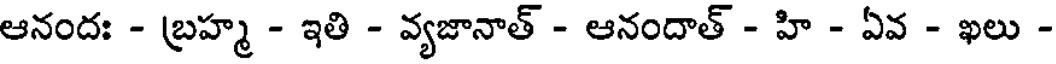
ఆనందః - బ్రహ్మ - ఇతి - వ్యజానాత్ - ఆనందాత్ - హి - ఏవ - ఖలు -